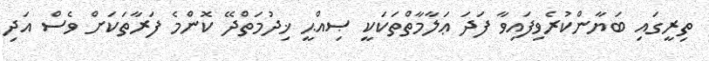
ތިރީގައި ބަޔާންކުރެވިފައިވާ ފަދަ ޢަލާމާތްތަކަކީ ޞިއްޙީ ޚިދުމަތްދޭ ކޮންމެ ފަރާތަކަށް ވެސް އަދި